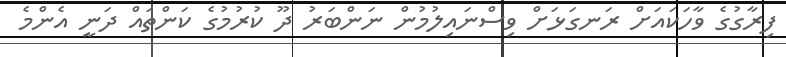
ފިރާގުގެ ވާހަކައަށް ރަނގަޅަށް ވިސްނައިލުމުން ނަންބަރު ދޫ ކުރުމުގެ ކަންތައް ދަނީ އެންމެ